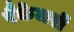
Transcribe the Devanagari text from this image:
पैकेजरों